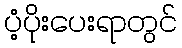
ပံ့ပိုးပေးရာတွင်